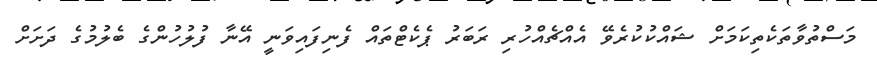
މަސްތުވާތަކެތިކަމަށް ޝައްކުކުރެވޭ އެއްޗެއްހުރި ރަބަރު ޕެކެޓްތައް ފެނިފައިވަނީ އޭނާ ފުލުހުންގެ ބެލުމުގެ ދަށަށް